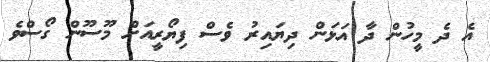
އެ ދެ މީހުން ދާ އަޅަން ދިޔައިރު ވެސް ފިޔޯރީއަށް މޫސޫން ގޯސްވެ